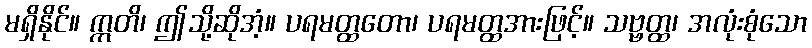
မရှိနိုင်။ ဣတိ၊ ဤသို့ဆိုအံ့။ ပရမတ္ထတော၊ ပရမတ္ထအားဖြင့်။ သဗ္ဗတ္ထ၊ အလုံးစုံသော